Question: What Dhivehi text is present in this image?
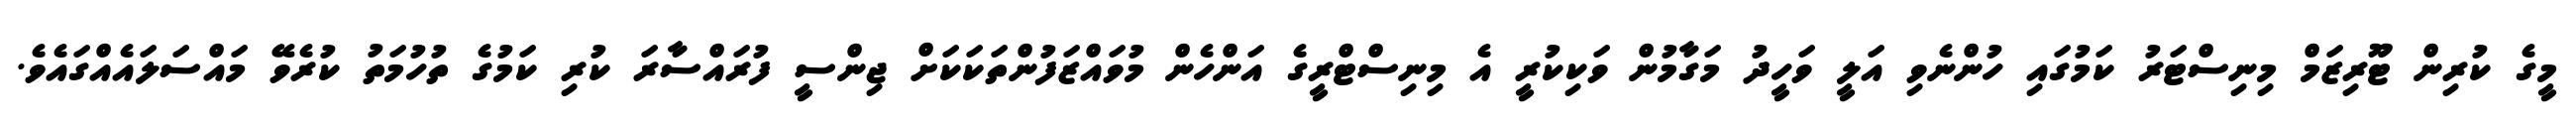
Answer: މީގެ ކުރިން ޓޫރިޒަމް މިނިސްޓަރު ކަމުގައި ހުންނެވި އަލީ ވަހީދު މަގާމުން ވަކިކުރީ އެ މިނިސްޓްރީގެ އަންހެން މުވައްޒަފުންތަކަކަށް ޖިންސީ ފުރައްސާރަ ކުރި ކަމުގެ ތުހުމަތު ކުރެވޭ މައްސަލައެއްގައެވެ.